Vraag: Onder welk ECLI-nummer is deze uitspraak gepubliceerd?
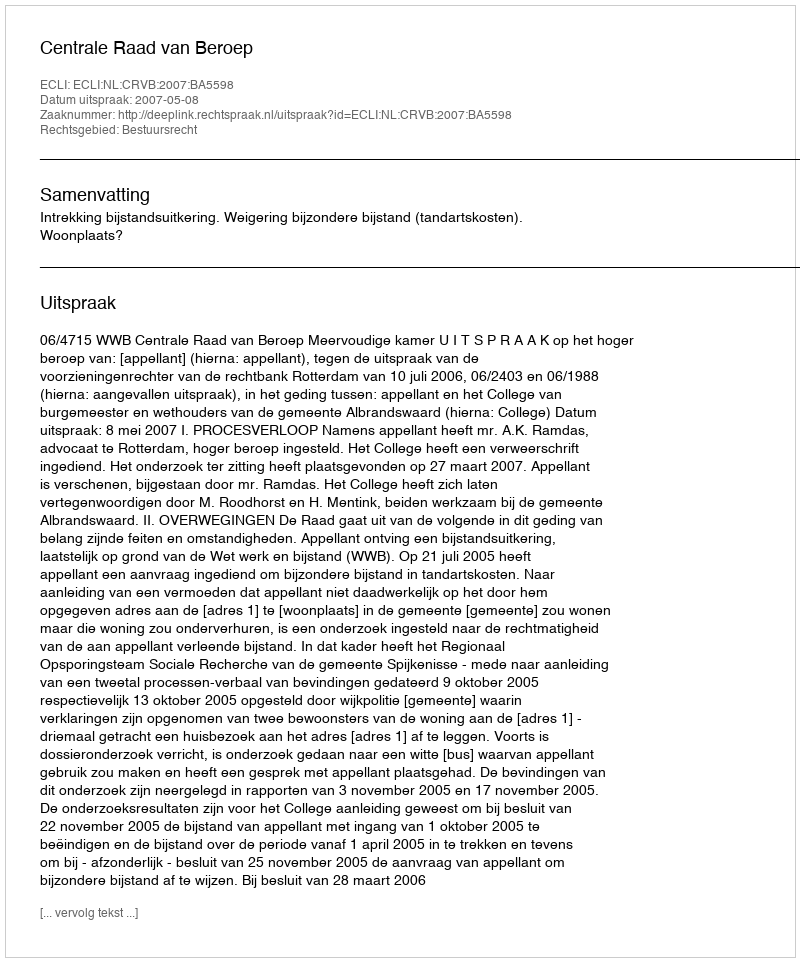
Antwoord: ECLI:NL:CRVB:2007:BA5598